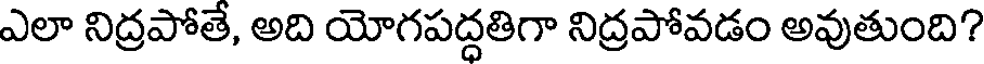
ఎలా నిద్రపోతే, అది యోగపద్ధతిగా నిద్రపోవడం అవుతుంది?